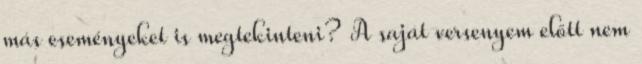
más eseményeket is megtekinteni? A saját versenyem előtt nem